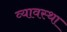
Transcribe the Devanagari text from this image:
व्यावस्था